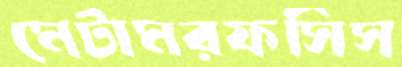
মেটামরফসিস